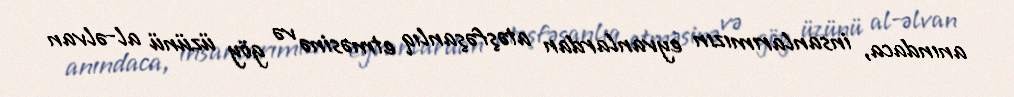
anındaca, insanlarımızın eyvanlardan atəşfəşanlıq etməsinə və göy üzünü al-əlvan